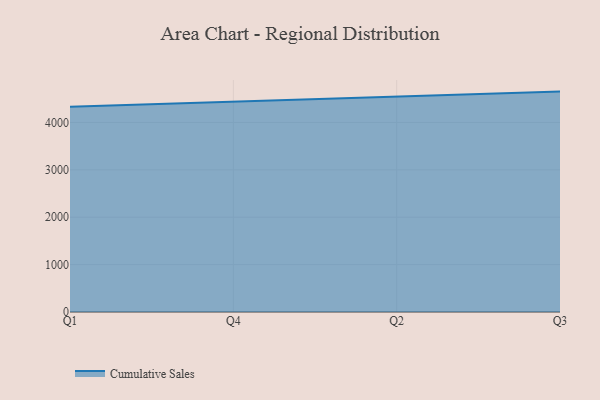
{"axis": {"x": "Quarter", "y": "Production Output"}, "legend": ["Cumulative Sales"], "data": [{"x": "Q1", "y": 4331.8, "type": "Cumulative Sales"}, {"x": "Q4", "y": 4442.6, "type": "Cumulative Sales"}, {"x": "Q2", "y": 4544.1, "type": "Cumulative Sales"}, {"x": "Q3", "y": 4651.4, "type": "Cumulative Sales"}]}